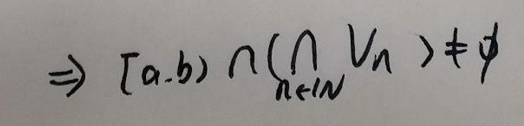
\[
\Rightarrow [a,b)\cap\left(\bigcap_{n\in\mathbb{N}}V_n\right)\neq\varnothing
\]